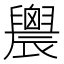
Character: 䢉